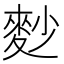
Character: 麨